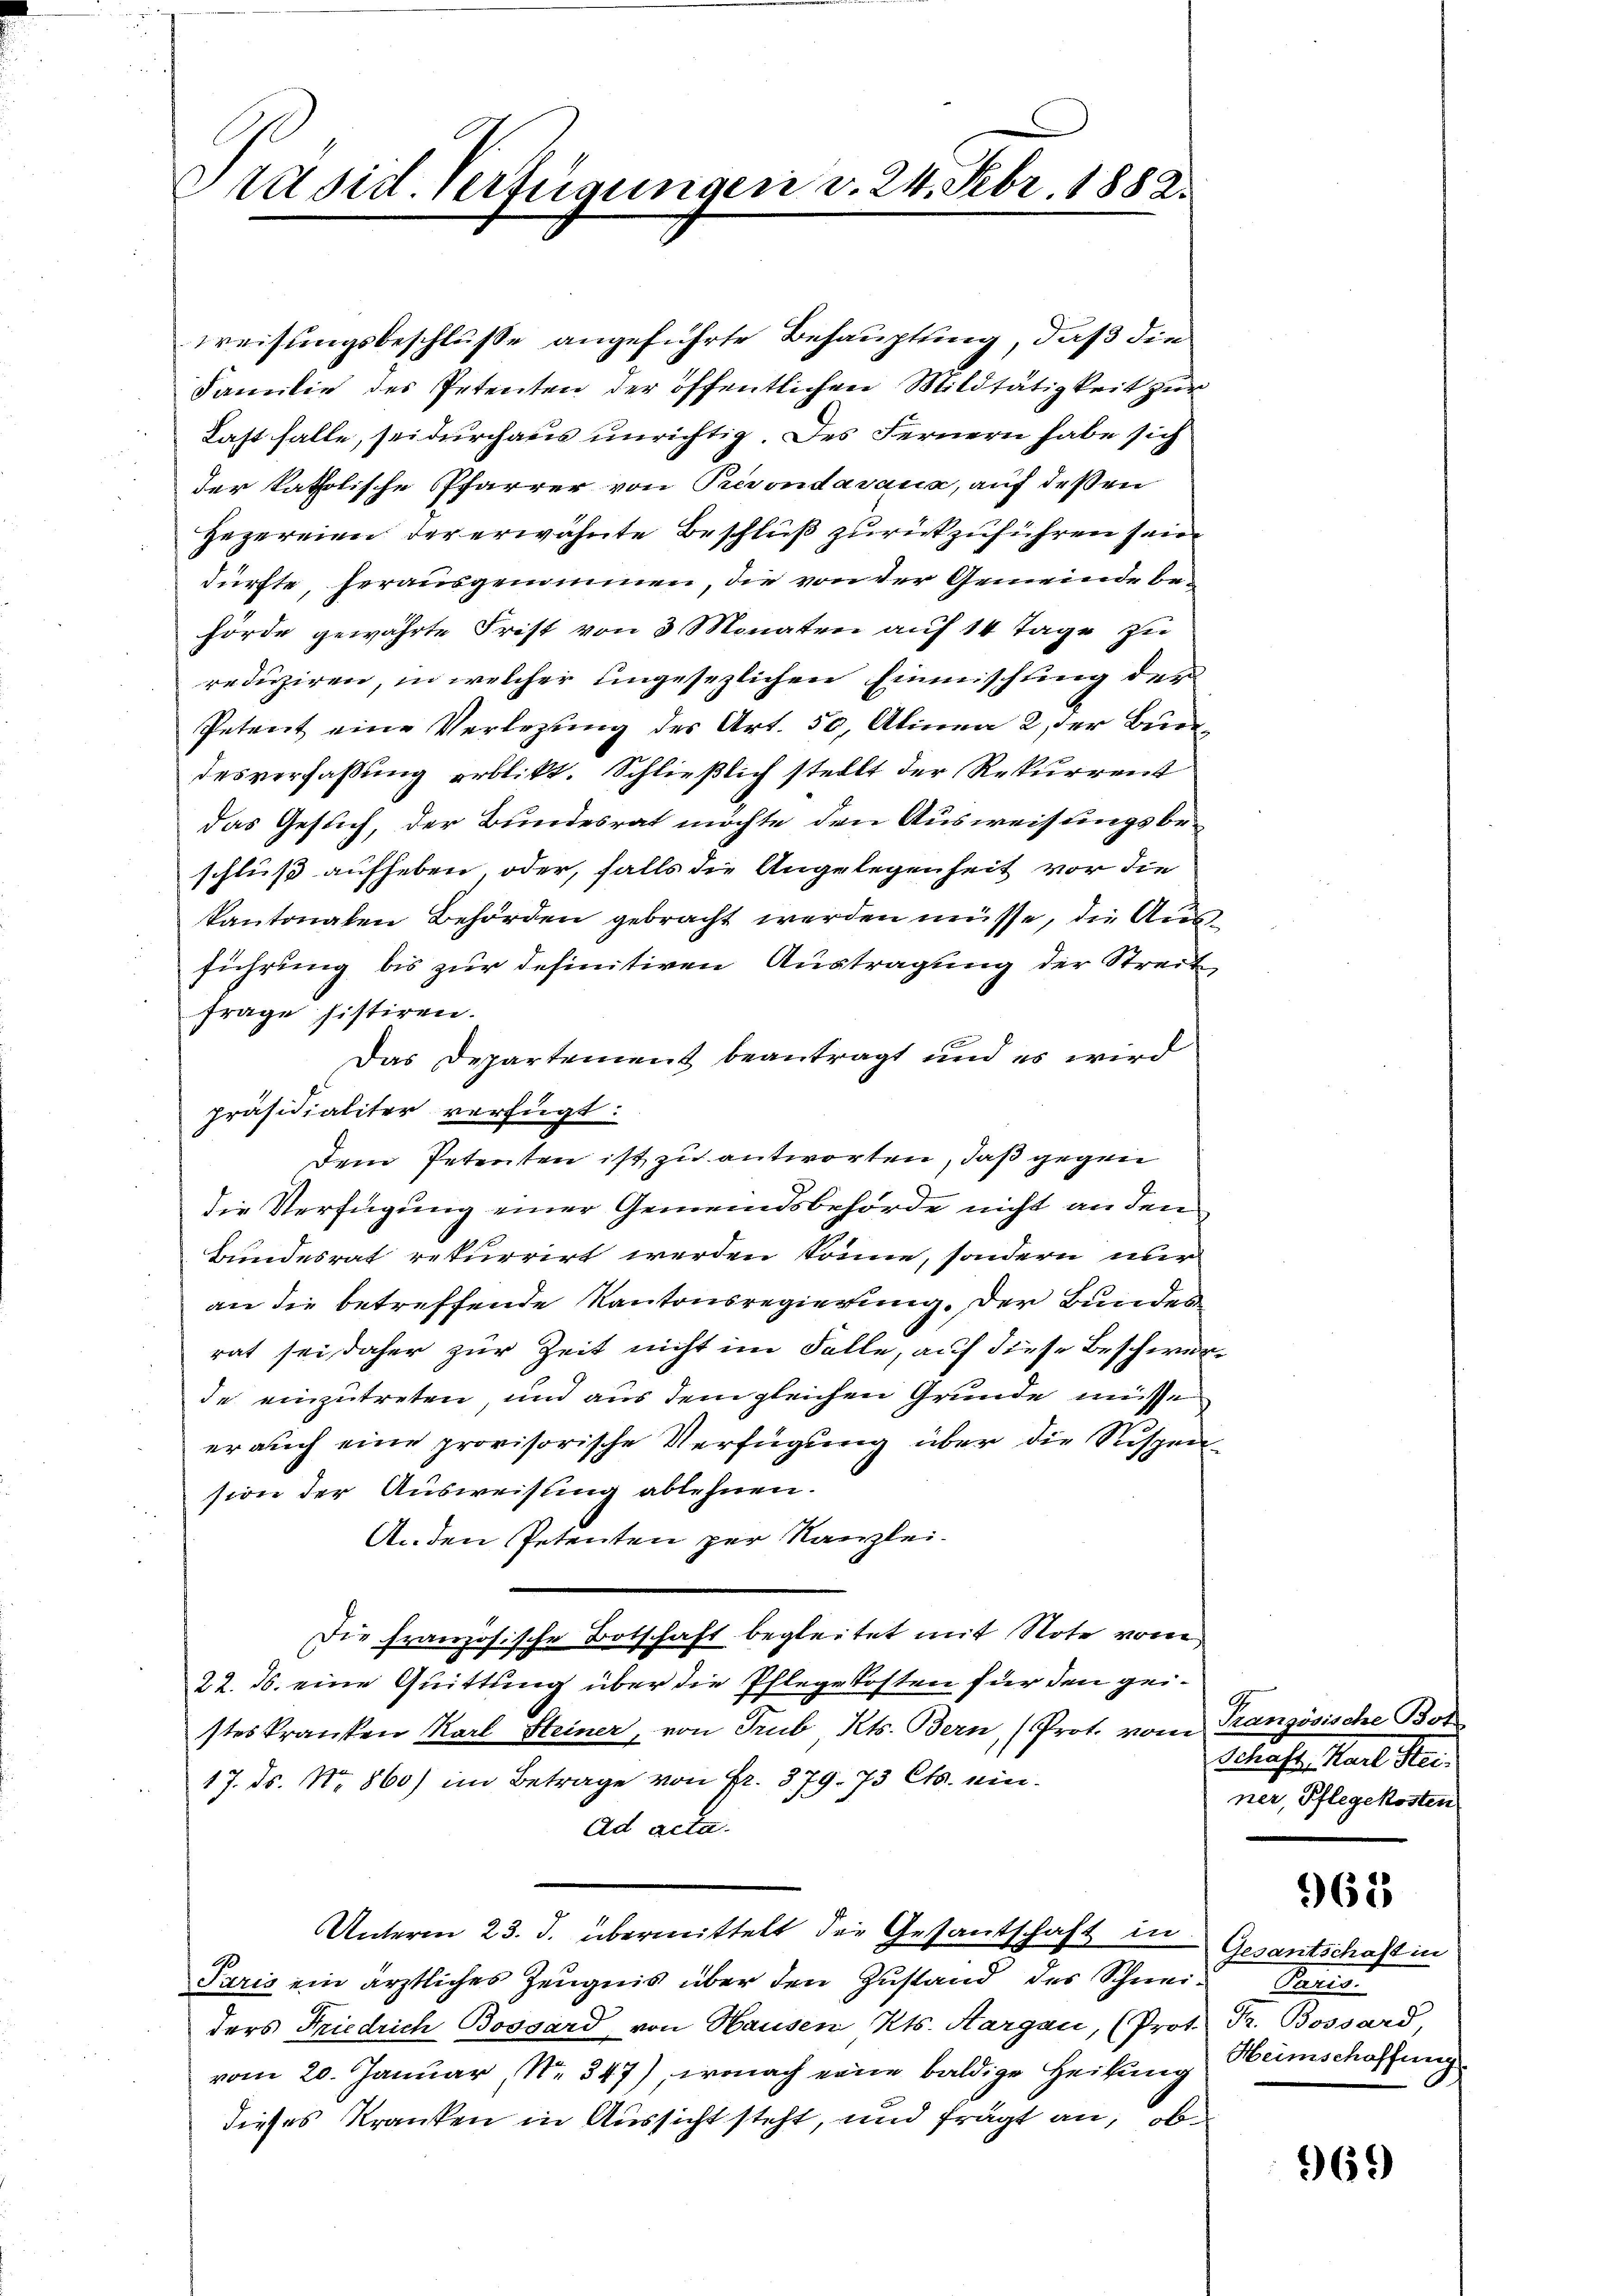
Präsid. Verfügungen v. 24. Febr. 1882.

weisungsbeschluße angeführte Behauptung, daß die
Familie des Petenten der öffentlichen Mildtätigkeit zur
Last falle, sei durchaus unrichtig. Des Fernern habe sich
der katholische Pfarrer von Prevondavaux, auf deßen
Hezereien der erwähnte Beschluß zurückzuführen sein
dürfte, herausgenommen, die von der Gemeinde behörde gewährte Frist von 3 Monaten auf 14 Tage zu
reduziren, in welcher ungesezlichen Einmischling der
Petent eine Verlegung des Art. 50, Alinea 2, der Buchdesverfaßung erblickt. Schließlich stellt der Rekurrent
das Gesuch, der Bundesrat möchte den Ausweisungsbeschluß aufheben, oder, falls die Angelegenheit vor die
kantonalen Behörden gebracht werden müsse, die Ausführung bis zur definitiven Austragung der Streit
frage sistiren.
Das Departement beantragt und es wird
präsidialiter verfügt:
Dem Petenten ist zu antworten, daß gegen
die Verfügung einer Gemeindsbehörde nicht an den
Bundesrat rekurrirt werden könne, sondern nur
an die betreffende Kantonsregierung. Der Bundesrat sei, daher zur Zeit nicht im Falle, auf diese Beschwerde einzutreten, und aus dem gleichen Grunde müsse
er auch eine provisorische Verfügung über die Rispension der Ausweisung ablehnen.
Anden Petenten zur Kanzlei-
Die französische Botschaft begleitet mit Note vom
22. ds. eine Quittung über die Pflegekosten für den geisteskranken Karl Steiner, von Trub Kts. Bern, (Prot. vom Kranzösische Bot
17. ds. No. 860) im Betrage von Fr. 379. 73 Cts. ein¬
Ad acta.
Unterm 23. J. übermittelt die Gesantschaft in
Paris ein ärztliches Zeugnis über den Zustand des Schnei¬ Paris
ders Friedrich Bossard von Hausen Kts. Aargau, (Prot. Pr. Bossard,
vom 20. Januar, N. 347), wonach eine baldige Heilung
dieses Kranken in Aussicht steht, und frägt an, ob

Schaft, Karl Hei
ner, Pflegekosten

962

Gesantschaft in
Heimschaffung

969